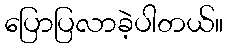
ပြောပြလာခဲ့ပါတယ်။